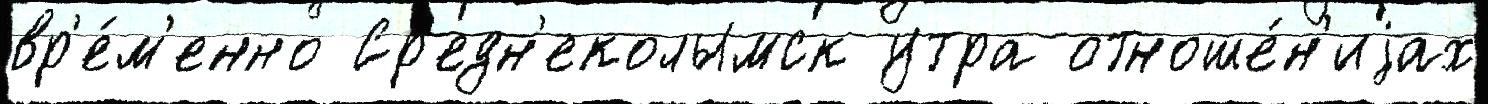
вр'е́м'енно Ср'едн'еколымск утра отноше́н'иjах